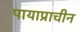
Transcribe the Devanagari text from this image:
पायाप्राचीन